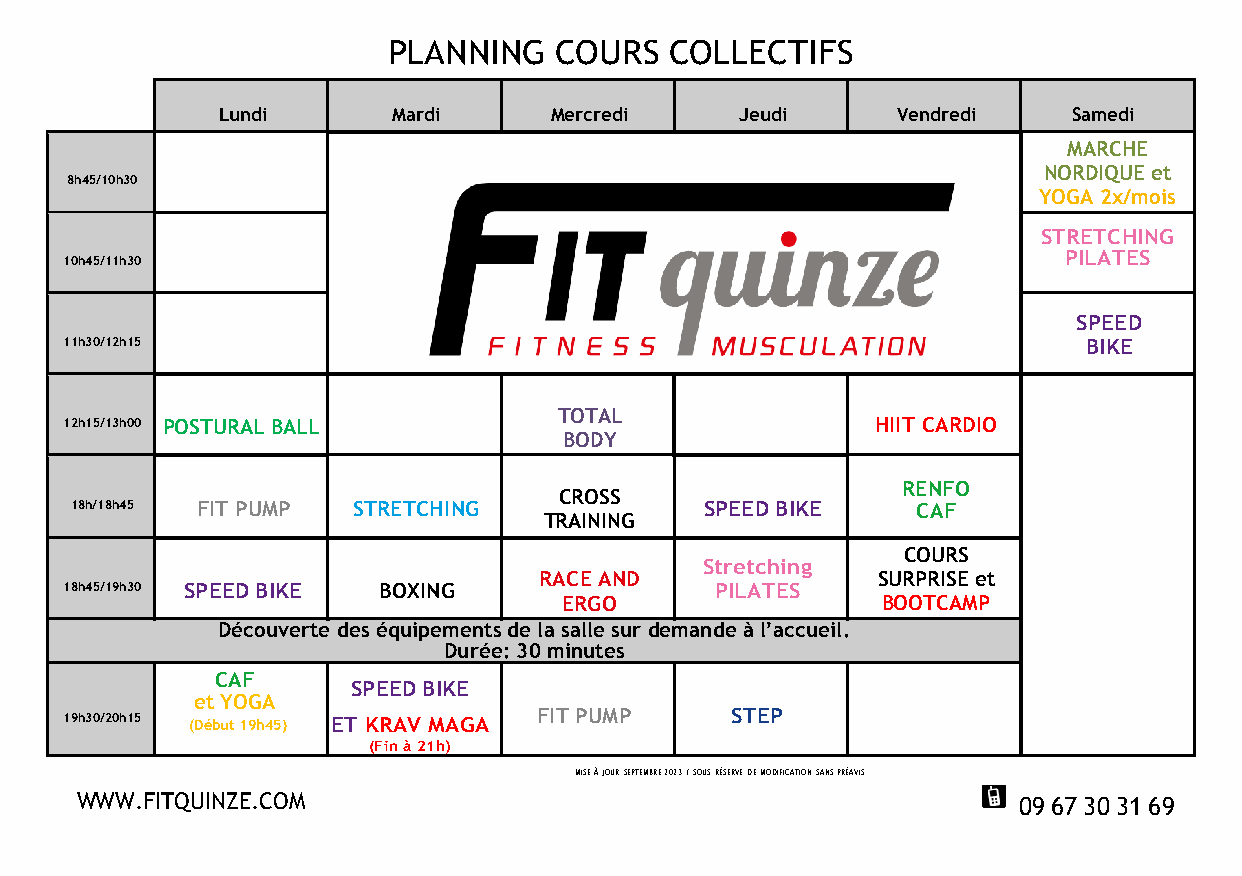
PLANNING   COURS  COLLECTIFS
 Lundi       Mardi     Mercredi     Jeudi     Vendredi    Samedi
 MARCHE
 NORDIQUE et
 8h45/10h30
 YOGA 2x/mois
 STRETCHING
 PILATES
 10h45/11h30
 SPEED
 11h30/12h15                                                         BIKE
 TOTAL
 12h15/13h00 POSTURAL BALL                             HIIT CARDIO
 BODY
 CROSS
 RENFO
 18h/18h45 FIT PUMP STRETCHING             SPEED BIKE    CAF
 TRAINING
 COURS
 Stretching
 RACE AND              SURPRISE et
 18h45/19h30 SPEED BIKE BOXING              PILATES
 ERGO                 BOOTCAMP
 Découverte des équipements de la salle sur demande à l’accueil.
 Durée: 30 minutes
 CAF
 SPEED BIKE
 19h30/20h15
 (De ét
 b
 uY tO 19G hA
 45 ) ET KRAV MAGA FIT PUMP    STEP
 (Fin à 21h)
 MISE À JOUR SEPTEMBRE 2023 / SOUS RÉSERVE DE MODIFICATION SANS PRÉAVIS
 WWW.FITQUINZE.COM                                             09 67 30 31 69